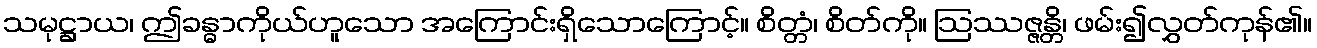
သမုဋ္ဌာယ၊ ဤခန္ဓာကိုယ်ဟူသော အကြောင်းရှိသောကြောင့်။ စိတ္တံ၊ စိတ်ကို။ ဩဿဇ္ဇန္တိ၊ ဖမ်း၍လွှတ်ကုန်၏။